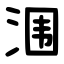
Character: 涠